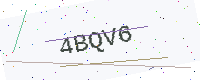
Text: 4BQV6